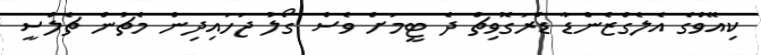
ކިއޭވްގެ އެލެގްޒެންޑާ ޑްރަގޮވިޗް ދެ ޓީމަށް ވެސް ގޯލު ޖަހައިދިން މެޗުން ޗެލްސީ